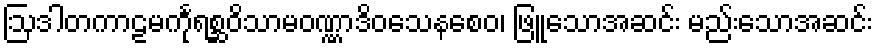
ဩဒါတကာဠမင်္ကုရစ္ဆဝိသာမဝဏ္ဏာဒိဝသေနစေဝ၊ ဖြူသောအဆင်း မည်းသောအဆင်း